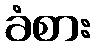
ခံစား